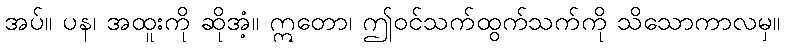
အပ်။ ပန၊ အထူးကို ဆိုအံ့။ ဣတော၊ ဤဝင်သက်ထွက်သက်ကို သိသောကာလမှ။